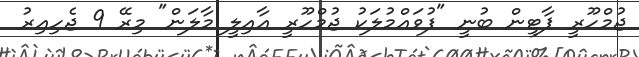
ޖުމްހޫރީ ޕާޓީން ބުނީ "ފުވައްމުލަކު ޖުމްހޫރީ އާއިލީ މާލަން" މިރޭ 9 ޖެހިއިރު